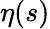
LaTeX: \eta(s)